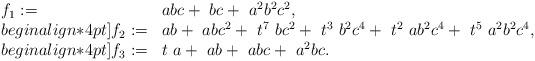
LaTeX: \begin{align*}\begin{array}{ll} f_1:= & abc + ~ bc +~a^2b^2c^2,\\begin{align*}4pt] f_2:= & ab +~ abc^2+~t^7~bc^2+~t^3~b^2c^4+~t^2~ab^2c^4+~t^5~a^2b^2c^4,\\begin{align*}4pt] f_3:= & t~a +~ ab+~abc+~a^2bc. \end{array}\end{align*}